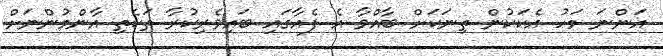
އަންނަ މަހު އެކަކުން ތިނަކަށް ބާއްވާ އެ ފެއާގައި ބައިވެރިކުރާ ތަކެތި އާންމުންނަށް